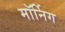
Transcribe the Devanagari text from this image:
मॉर्निग